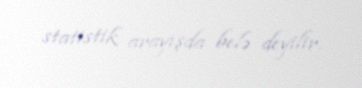
statistik arayışda belə deyilir.